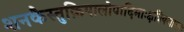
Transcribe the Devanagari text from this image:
शनकैस्तुक्रियालोपादिमाःक्षत्रियजातयः